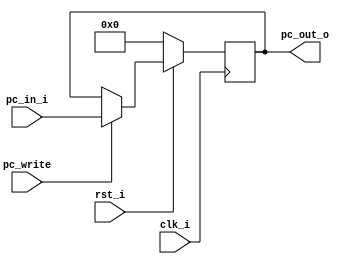
// 109550087
module ProgramCounter(
    clk_i,
	rst_i,
	pc_write,
	pc_in_i,
	pc_out_o
	);
     
//I/O ports
input           clk_i;
input	        rst_i;
input	        pc_write;
input  [32-1:0] pc_in_i;
output [32-1:0] pc_out_o;
 
//Internal Signals
reg    [32-1:0] pc_out_o;
 
//Parameter

    
//Main function
always @(posedge clk_i) begin
    if(~rst_i)
	    pc_out_o <= 0;
	else begin
		if (pc_write)
	    	pc_out_o <= pc_in_i;
		else
			pc_out_o <= pc_out_o;
	end
end

endmodule